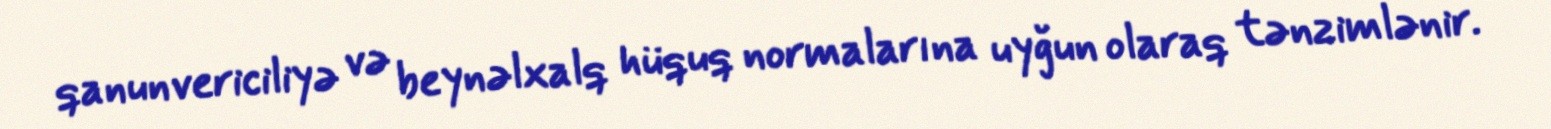
qanunvericiliyə və beynəlxalq hüquq normalarına uyğun olaraq tənzimlənir.